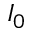
I _ { 0 }